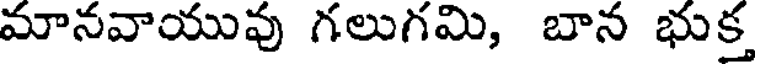
మానవాయువు గలుగమి, బాన భుక్త